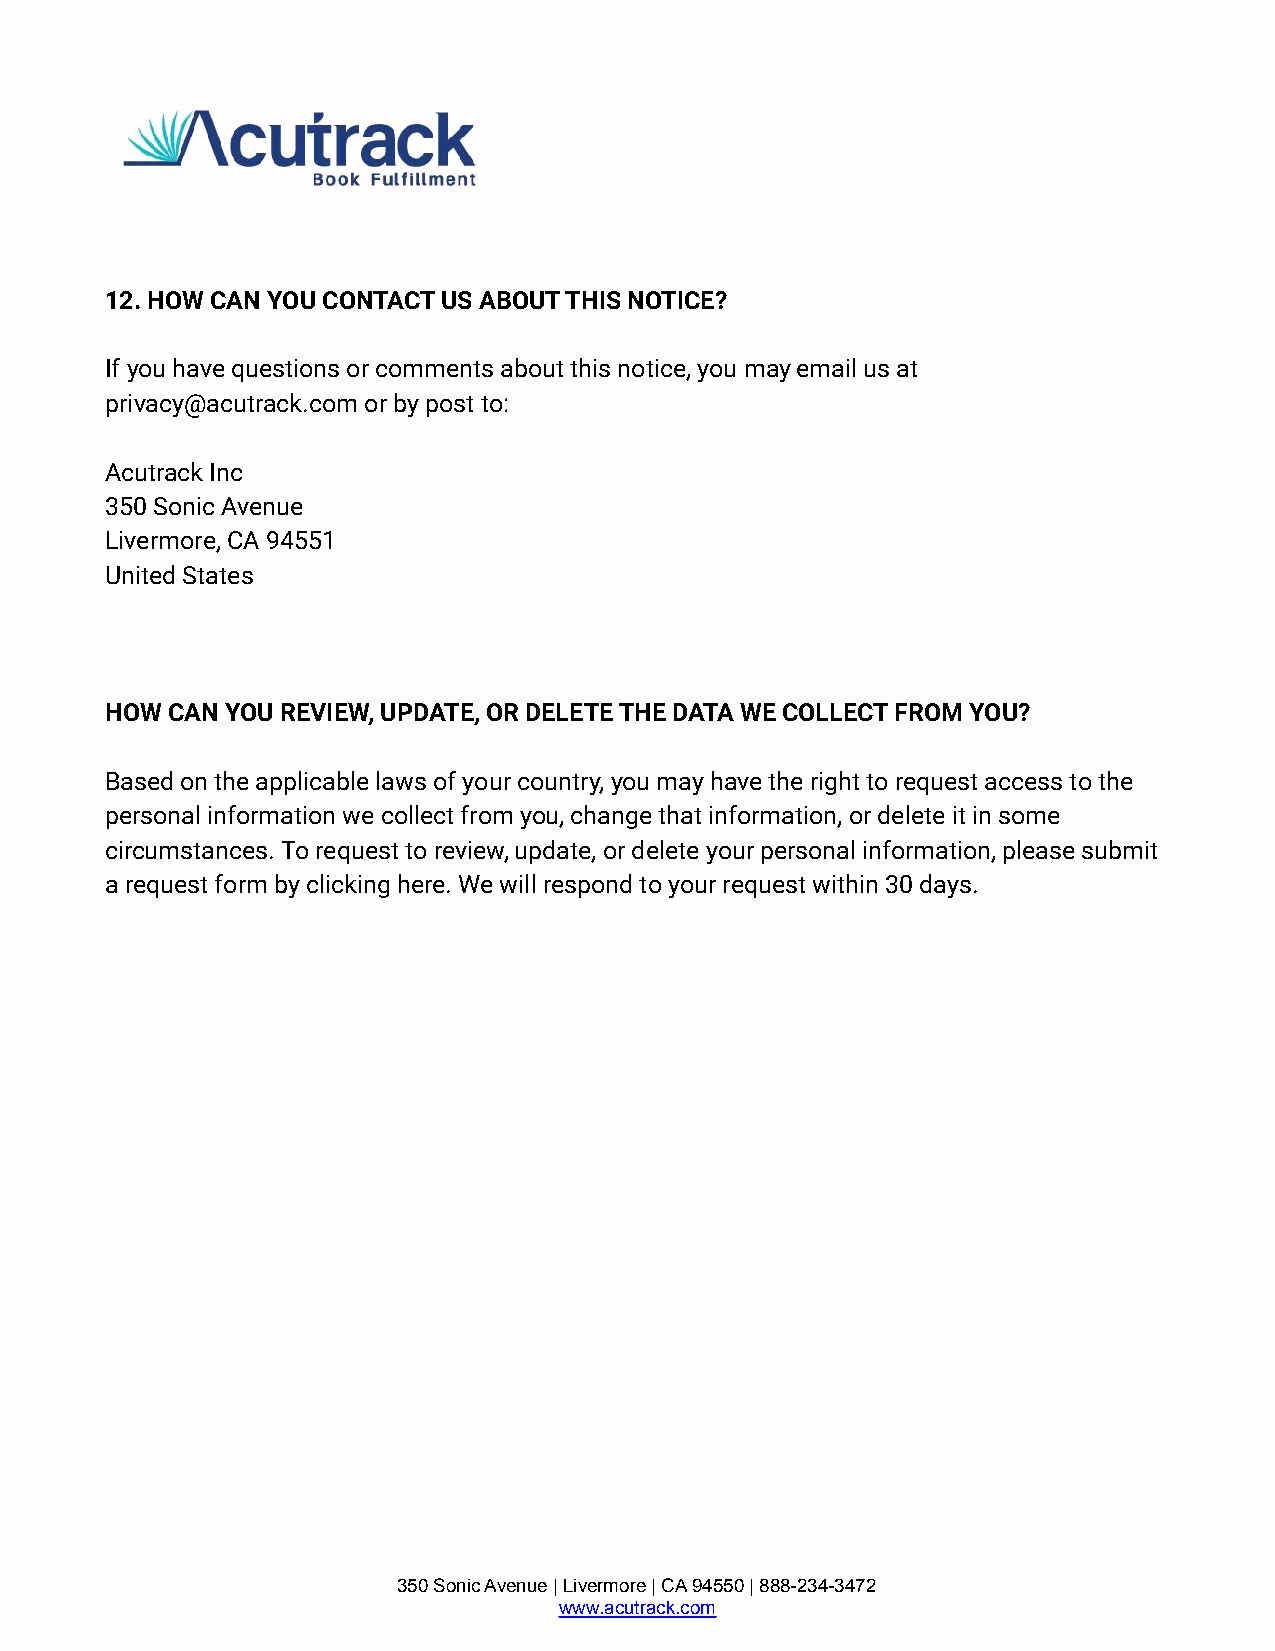
12. HOW CAN YOU CONTACT US ABOUT THIS NOTICE?
 If you have questions or comments about this notice, you may email us at
 privacy@acutrack.com or by post to:
 Acutrack Inc
 350 Sonic Avenue
 Livermore, CA 94551
 United States
 HOW CAN YOU REVIEW, UPDATE, OR DELETE THE DATA WE COLLECT FROM YOU?
 Based on the applicable laws of your country, you may have the right to request access to the
 personal information we collect from you, change that information, or delete it in some
 circumstances. To request to review, update, or delete your personal information, please submit
 a request form by clicking here. We will respond to your request within 30 days.
 350 Sonic Avenue | Livermore | CA 94550 | 888-234-3472
 www.acutrack.com